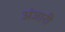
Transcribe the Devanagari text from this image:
अंजारी